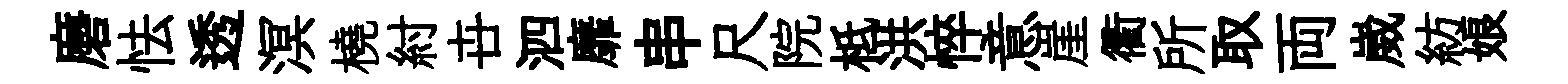
磨怯透溟橈紂卋泗靡串尺院柢洪悴意崖衢所取両崴紡娘